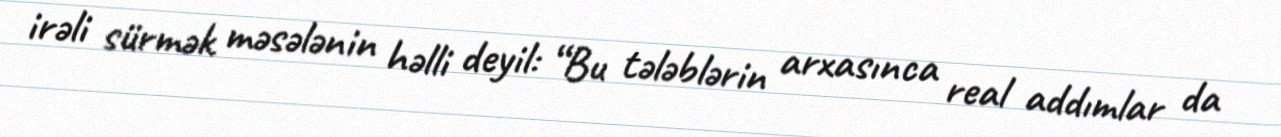
irəli sürmək məsələnin həlli deyil: “Bu tələblərin arxasınca real addımlar da